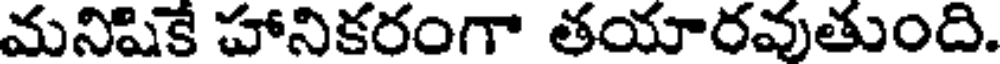
మనిషికే హానికరంగా తయారవుతుంది.